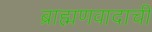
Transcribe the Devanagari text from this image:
ब्राह्मणवादाची